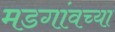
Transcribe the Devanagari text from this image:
मडगांवच्या